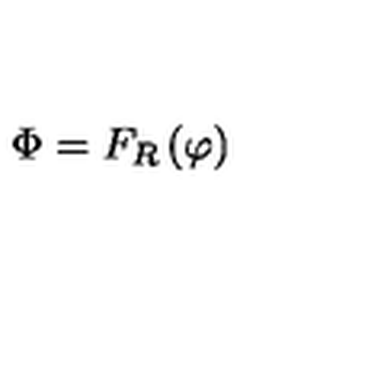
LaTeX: \Phi = F _ { R } \left( \varphi \right)